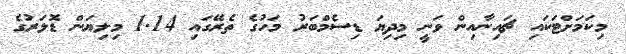
މިކަމަށްޓަކައި ޗައިނާއިން ވަނީ މިދިޔަ ޑިސެމްބަރު މަހުގެ ތެރޭގައި 1.14 މިލިޔަން ޑޮލަރުގެ